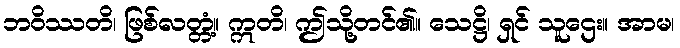
ဘဝိဿတိ၊ ဖြစ်လတ္တံ့။ ဣတိ၊ ဤသို့တင်၏။ သေဋ္ဌိ၊ ရှင် သူဌေး။ အာမ၊